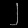
Digit: ၂